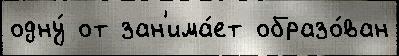
одну́ от зан'има́ет образо́ван